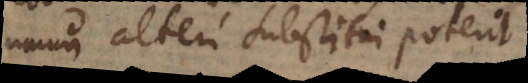
unum alteri substitui poterit